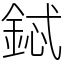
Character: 鋱